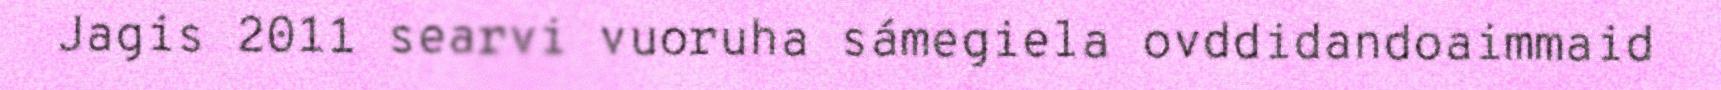
Jagis 2011 searvi vuoruha sámegiela ovddidandoaimmaid